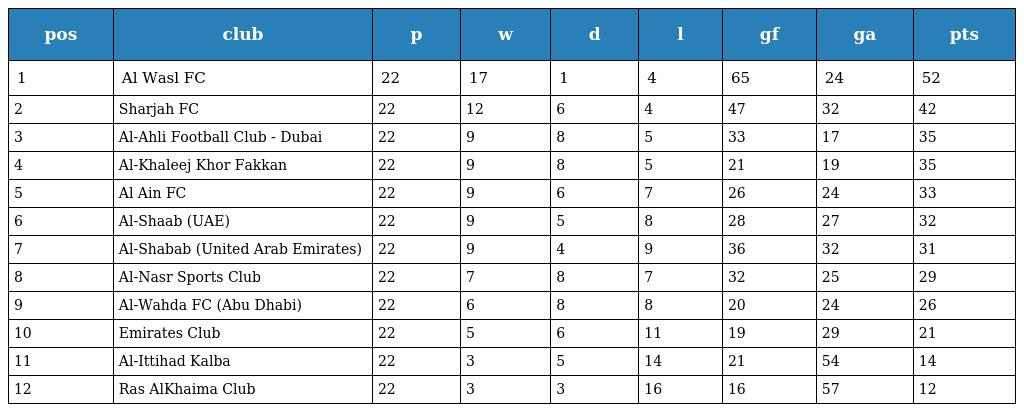
| pos | club | p | w | d | l | gf | ga | pts |
 | --- | --- | --- | --- | --- | --- | --- | --- | --- |
 | 1 | Al Wasl FC | 22 | 17 | 1 | 4 | 65 | 24 | 52 |
 | 2 | Sharjah FC | 22 | 12 | 6 | 4 | 47 | 32 | 42 |
 | 3 | Al-Ahli Football Club - Dubai | 22 | 9 | 8 | 5 | 33 | 17 | 35 |
 | 4 | Al-Khaleej Khor Fakkan | 22 | 9 | 8 | 5 | 21 | 19 | 35 |
 | 5 | Al Ain FC | 22 | 9 | 6 | 7 | 26 | 24 | 33 |
 | 6 | Al-Shaab (UAE) | 22 | 9 | 5 | 8 | 28 | 27 | 32 |
 | 7 | Al-Shabab (United Arab Emirates) | 22 | 9 | 4 | 9 | 36 | 32 | 31 |
 | 8 | Al-Nasr Sports Club | 22 | 7 | 8 | 7 | 32 | 25 | 29 |
 | 9 | Al-Wahda FC (Abu Dhabi) | 22 | 6 | 8 | 8 | 20 | 24 | 26 |
 | 10 | Emirates Club | 22 | 5 | 6 | 11 | 19 | 29 | 21 |
 | 11 | Al-Ittihad Kalba | 22 | 3 | 5 | 14 | 21 | 54 | 14 |
 | 12 | Ras AlKhaima Club | 22 | 3 | 3 | 16 | 16 | 57 | 12 |